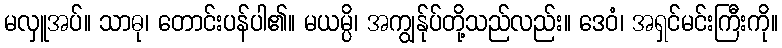
မလှူအပ်။ သာဓု၊ တောင်းပန်ပါ၏။ မယမ္ပိ၊ အကျွန်ုပ်တို့သည်လည်း။ ဒေဝံ၊ အရှင်မင်းကြီးကို။